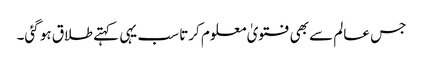
جس عالم سے بھی فتویٰ معلوم کرتا سب یہی کہتے طلاق ہو گئی۔